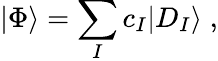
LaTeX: |\Phi\rangle=\sum_{I}c_{I}|D_{I}\rangle\; ,